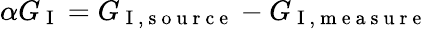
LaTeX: \alpha G_{\mathrm{~I~}}=G_{\mathrm{~I~,~s~o~u~r~c~e~}}-G_{\mathrm{~I~,~m~e~a~s~u~r~e~}}